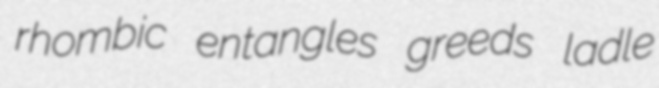
rhombic entangles greeds ladle